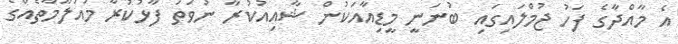
އެ މާއްދާގެ ފަހު ޖުމްލައިގައި ބުނަނީ މީޑިއާއަކުން ޝާއިއުކުރާ ނުވަތަ ފާޅުކުރާ މައުލޫމާތެއްގެ